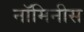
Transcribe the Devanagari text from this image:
नॉमिनीस